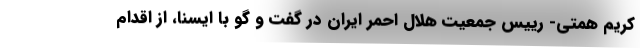
کریم همتی- رییس جمعیت هلال احمر ایران در گفت و گو با ایسنا، از اقدام